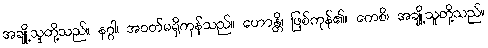
အချို့သူတို့သည်။ နဂ္ဂါ၊ အဝတ်မရှိကုန်သည်။ ဟောန္တိ၊ ဖြစ်ကုန်၏။ ကေစိ၊ အချို့သူတို့သည်။